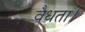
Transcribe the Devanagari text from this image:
वैधता।